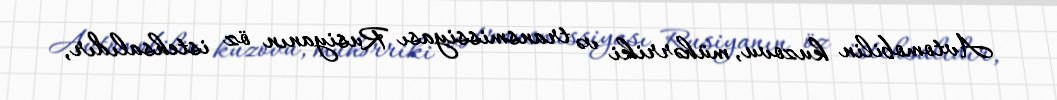
Avtomobilin kuzovu, mühərriki və transmissiyası Rusiyanın öz istehsalıdır,